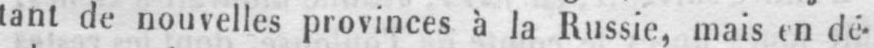
tant de nouvelles provinces à la Russie, mais en dé-